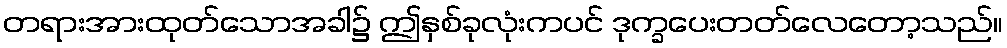
တရားအားထုတ်သောအခါ၌ ဤနှစ်ခုလုံးကပင် ဒုက္ခပေးတတ်လေတော့သည်။